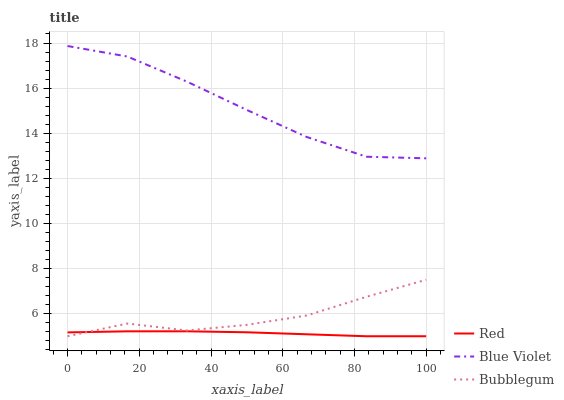
| xaxis_label | Red | Blue Violet | Bubblegum |
 | --- | --- | --- | --- |
 | 0 | 5.17 | 17.9 | 5 |
 | 16.7 | 5.22 | 17.4 | 5.56 |
 | 33.3 | 5.22 | 16.3 | 5.26 |
 | 50 | 5.18 | 15 | 5.51 |
 | 66.7 | 5.09 | 13.8 | 5.92 |
 | 83.3 | 5 | 13 | 6.75 |
 | 100 | 5 | 12.9 | 7.5 |